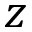
z